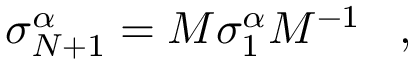
\sigma _ { N + 1 } ^ { \alpha } = M \sigma _ { 1 } ^ { \alpha } M ^ { - 1 } \; \; \; ,